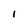
Character: l